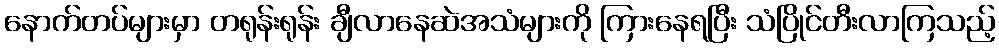
နောက်တပ်များမှာ တရုန်းရုန်း ချီလာနေဆဲအသံများကို ကြားနေရပြီး သံပြိုင်တီးလာကြသည့်